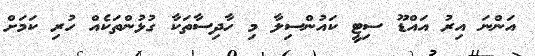
އަންނަ އިރު އައްޑޫ ސިޓީ ކައުންސިލާ މި ހާދިސާތަކާ ގުޅުންތަކެއް ހުރި ކަމަށް